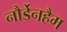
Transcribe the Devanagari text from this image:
नौर्डेनहैम